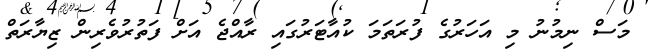
މަސް ނިމުނު މި އަހަރުގެ ފުރަތަމަ ކުއާޓަރުގައި ރާއްޖެ އަށް ފަތުރުވެރިން ޒިޔާރަތް